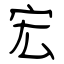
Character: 宏